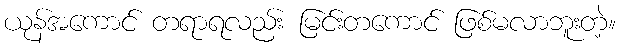
ယုန်အကောင် တရာရလည်း မြင်းတကောင် ဖြစ်မလာဘူးတဲ့။